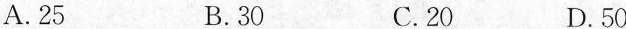
A.25 B.30 C.20 D.50